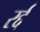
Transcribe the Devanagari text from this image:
रर्द्द